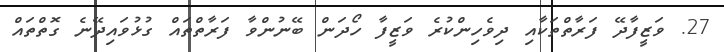
27. ވަޒީފާދޭ ފަރާތްތަކާއި ދިވެހިންކުރެ ވަޒީފާ ހޯދަން ބޭނުންވާ ފަރާތްތައް ގުޅުވައިދޭނެ ގޮތްތައް